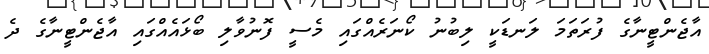
އާޖެންޓީނާގެ ފުރަތަމަ ލަނޑަކީ ލިބުނު ކޯނަރެއްގައި މެސީ ފޮނުވާލި ބޯޅައެއްގައި އާޖެންޓީނާގެ ދެ